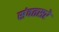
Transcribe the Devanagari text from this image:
संवतसरे